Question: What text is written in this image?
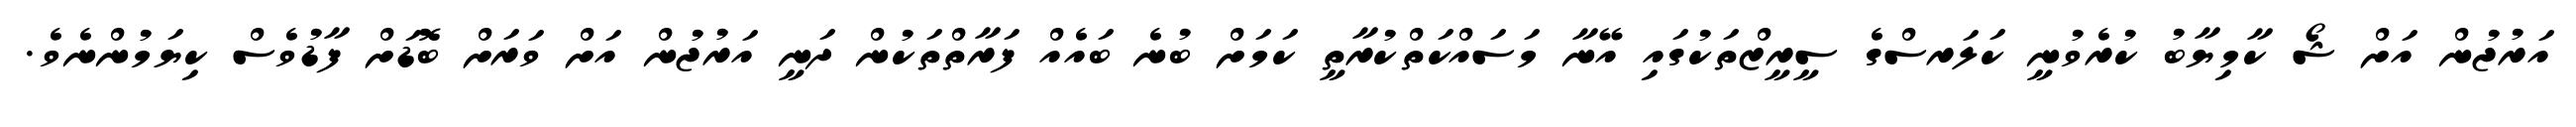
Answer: އަރުޖުން އަށް ޝޯ ކާމިޔާބު ކުރެވުނީ ކަލަރސްގެ ސީރީޒްތަކުގައި އޭނާ މަސައްކަތްކުރާތީ ކަމަށް ބުނެ ބައެއް ފަރާތްތަކުން ދަނީ އަރުޖުން އަށް ވަރަށް ބޮޑަށް ފާޑުވެސް ކިޔަމުންނެވެ.